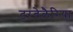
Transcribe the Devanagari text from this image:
टरबेलैरिया